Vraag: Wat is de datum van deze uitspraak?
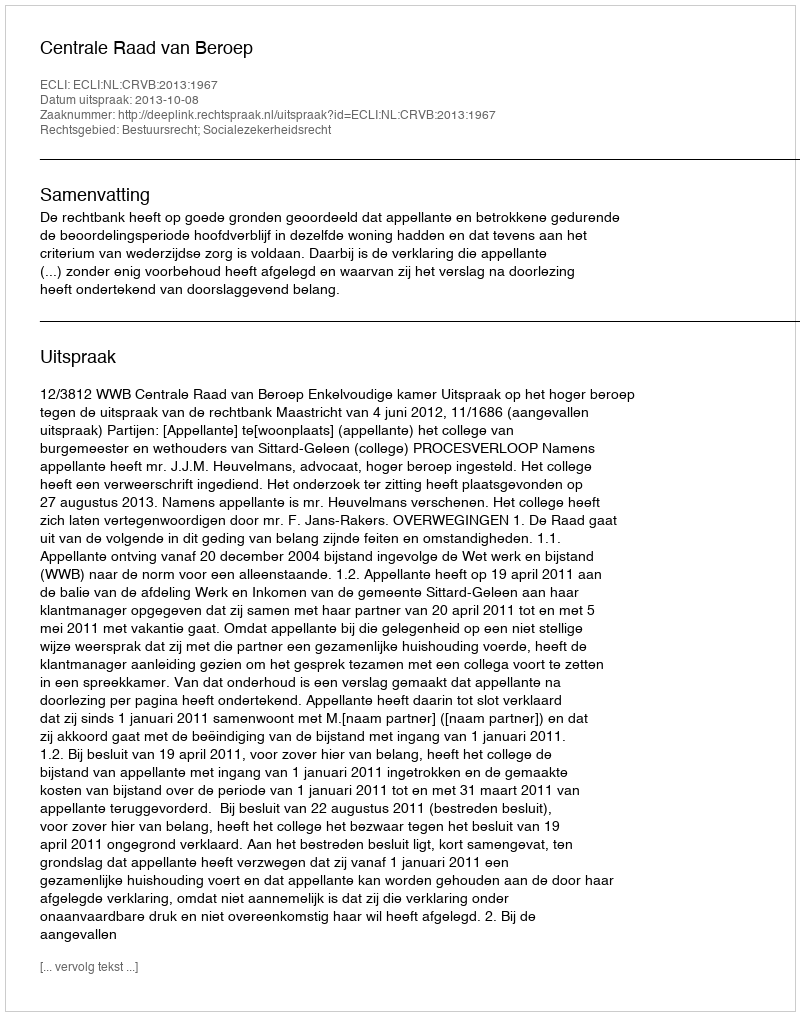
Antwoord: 2013-10-08